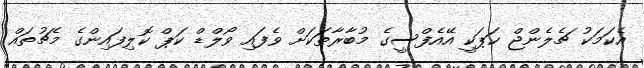
އެކަމަކު ޗެލެންޖް ކަޕަކީ އޭއެފްސީގެ މުބާރާތަކަށް ވެފައި ވޯލްޑް ކަޕް ކޮލިފައިންގެ މެޗުތައް